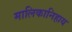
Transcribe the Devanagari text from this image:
मालिकानिहाय